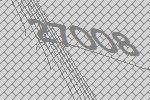
27008